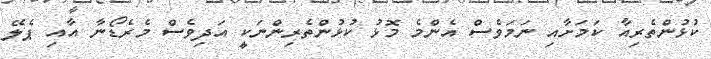
ކުޅުންތެރިއާ ކަމަށާއި ނަމަވެސް އެންމެ މޮޅު ކުޅުންތެރިންނަކީ އަދިވެސް މެރެޑޯނާ އާއި ޕެލޭ